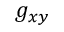
{ g } _ { x y }